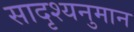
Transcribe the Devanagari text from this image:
सादृश्यनुमान